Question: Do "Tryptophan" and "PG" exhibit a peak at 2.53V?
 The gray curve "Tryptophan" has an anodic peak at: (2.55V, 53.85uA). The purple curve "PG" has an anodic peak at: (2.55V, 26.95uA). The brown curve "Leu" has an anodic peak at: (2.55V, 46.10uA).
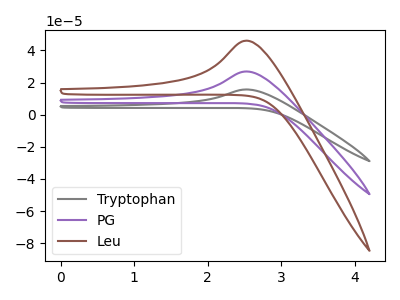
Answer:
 <answer>Yes, "Tryptophan" and "PG" share a peak at 2.53V.</answer>
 <eval>match</eval>